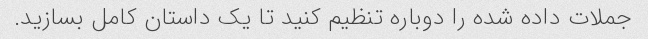
جملات داده شده را دوباره تنظیم کنید تا یک داستان کامل بسازید.